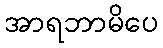
အာရဘာမိပေ